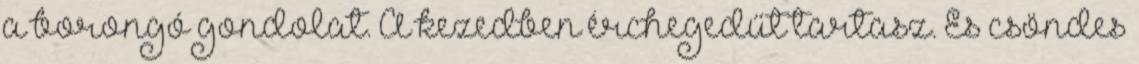
a borongó gondolat. A kezedben érchegedűt tartasz. És csöndes